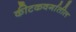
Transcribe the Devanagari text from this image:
कीटकवर्गातील